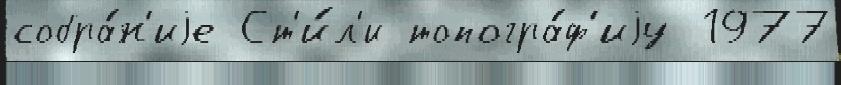
собра́н'иjе Ст'и́л'и топогра́ф'иjу 1977